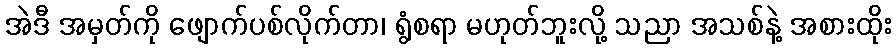
အဲဒီ အမှတ်ကို ဖျောက်ပစ်လိုက်တာ၊ ရွံစရာ မဟုတ်ဘူးလို့ သညာ အသစ်နဲ့ အစားထိုး